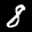
Label: 8